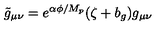
\tilde { g } _ { \mu \nu } = e ^ { \alpha \phi / M _ { p } } ( \zeta + b _ { g } ) g _ { \mu \nu }